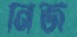
নির্জ